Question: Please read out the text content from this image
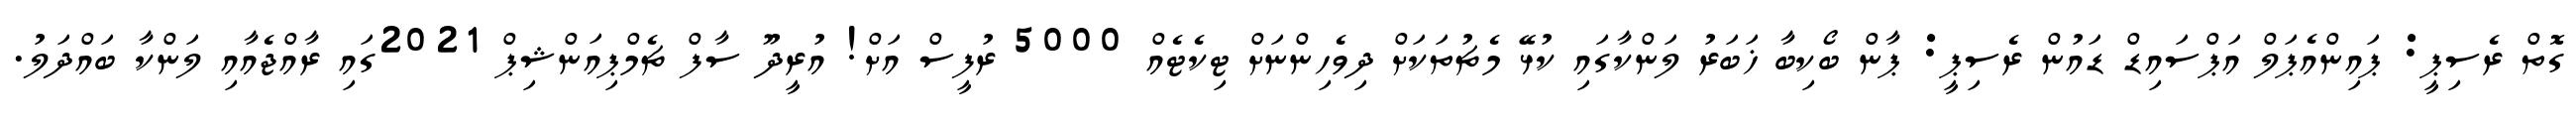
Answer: ގޮތް ރެސިޕީ: ޕައިންއެޕަލް އަޕްސައިޑް ޑައުން ރެސިޕީ: ޕާން ބޯކިބާ ޚަބަރު ލަންކާގައި ކުޅޭ މެޗުތަކަށް ދިވެހިންނަށް ޓިކެޓެއް 5000 ރުފީސް އަށް! އުރީދޫ ސާފް ޗެމްޕިއަންޝިޕް 2021ގައި ރާއްޖެއާއި ލަންކާ ބައްދަލު.